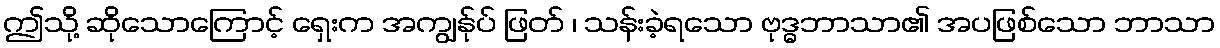
ဤသို့ ဆိုသောကြောင့် ရှေးက အကျွန်ုပ် ဖြတ် ၊ သန်းခဲ့ရသော ဗုဒ္ဓဘာသာ၏ အပဖြစ်သော ဘာသာ